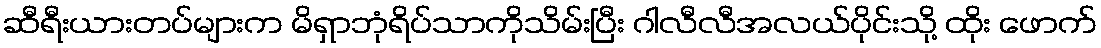
ဆီရီးယားတပ်များက မိရှာဘုံရိပ်သာကိုသိမ်းပြီး ဂါလီလီအလယ်ပိုင်းသို့ ထိုး ဖောက်